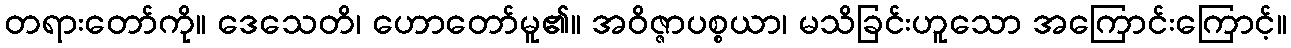
တရားတော်ကို။ ဒေသေတိ၊ ဟောတော်မူ၏။ အဝိဇ္ဇာပစ္စယာ၊ မသိခြင်းဟူသော အကြောင်းကြောင့်။